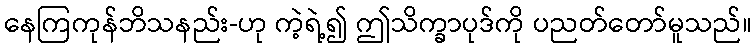
နေကြကုန်ဘိသနည်း-ဟု ကဲ့ရဲ့၍ ဤသိက္ခာပုဒ်ကို ပညတ်တော်မူသည်။